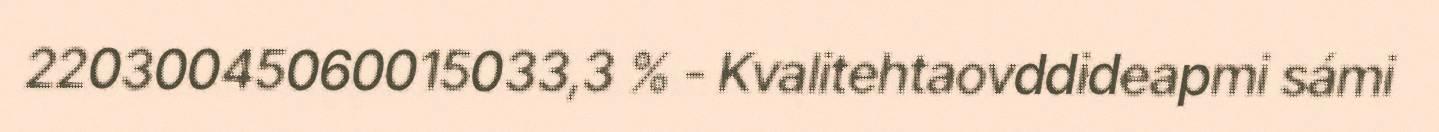
22030045060015033,3 % - Kvalitehtaovddideapmi sámi